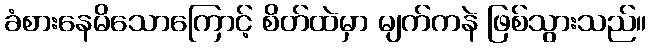
ခံစားနေမိသောကြောင့် စိတ်ထဲမှာ မျက်ကနဲ ဖြစ်သွားသည်။